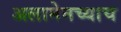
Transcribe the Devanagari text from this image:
अलामेनच्याच